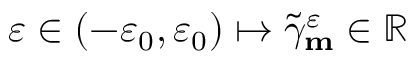
\varepsilon \in ( - \varepsilon _ { 0 } , \varepsilon _ { 0 } ) \mapsto \widetilde { \gamma } _ { \mathbf { m } } ^ { \varepsilon } \in \mathbb { R }